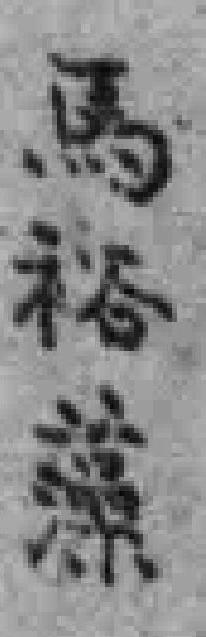
馬裕藻